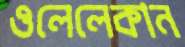
ওলেলেকান